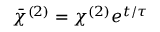
\bar { \chi } ^ { ( 2 ) } = \chi ^ { ( 2 ) } e ^ { t / \tau }